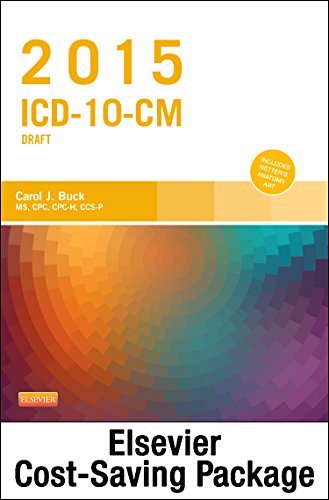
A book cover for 2015 ICD-10-CM Draft Edition, 2015 HCPCS Professional Edition and AMA 2015 CPT Professional Edition Package, 1e; Carol J. Buck MS  CPC  CCS-P; Business & Money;